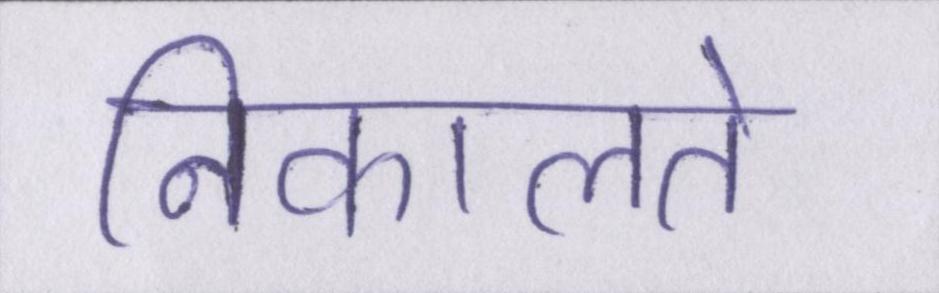
निकालते